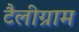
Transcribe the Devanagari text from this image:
टैलीग्राम